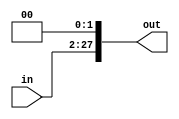
`timescale 1ns / 1ps

module ShiftLeft2_26Bit(in, out);
    input [25:0] in;
    output reg [27:0] out;

    initial begin
        out <= 28'b0;
    end

    always @(*) begin
        out <= in << 2;
    end

endmodule